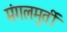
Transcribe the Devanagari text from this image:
मंगलमुर्ती